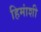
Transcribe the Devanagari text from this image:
हिमांशी